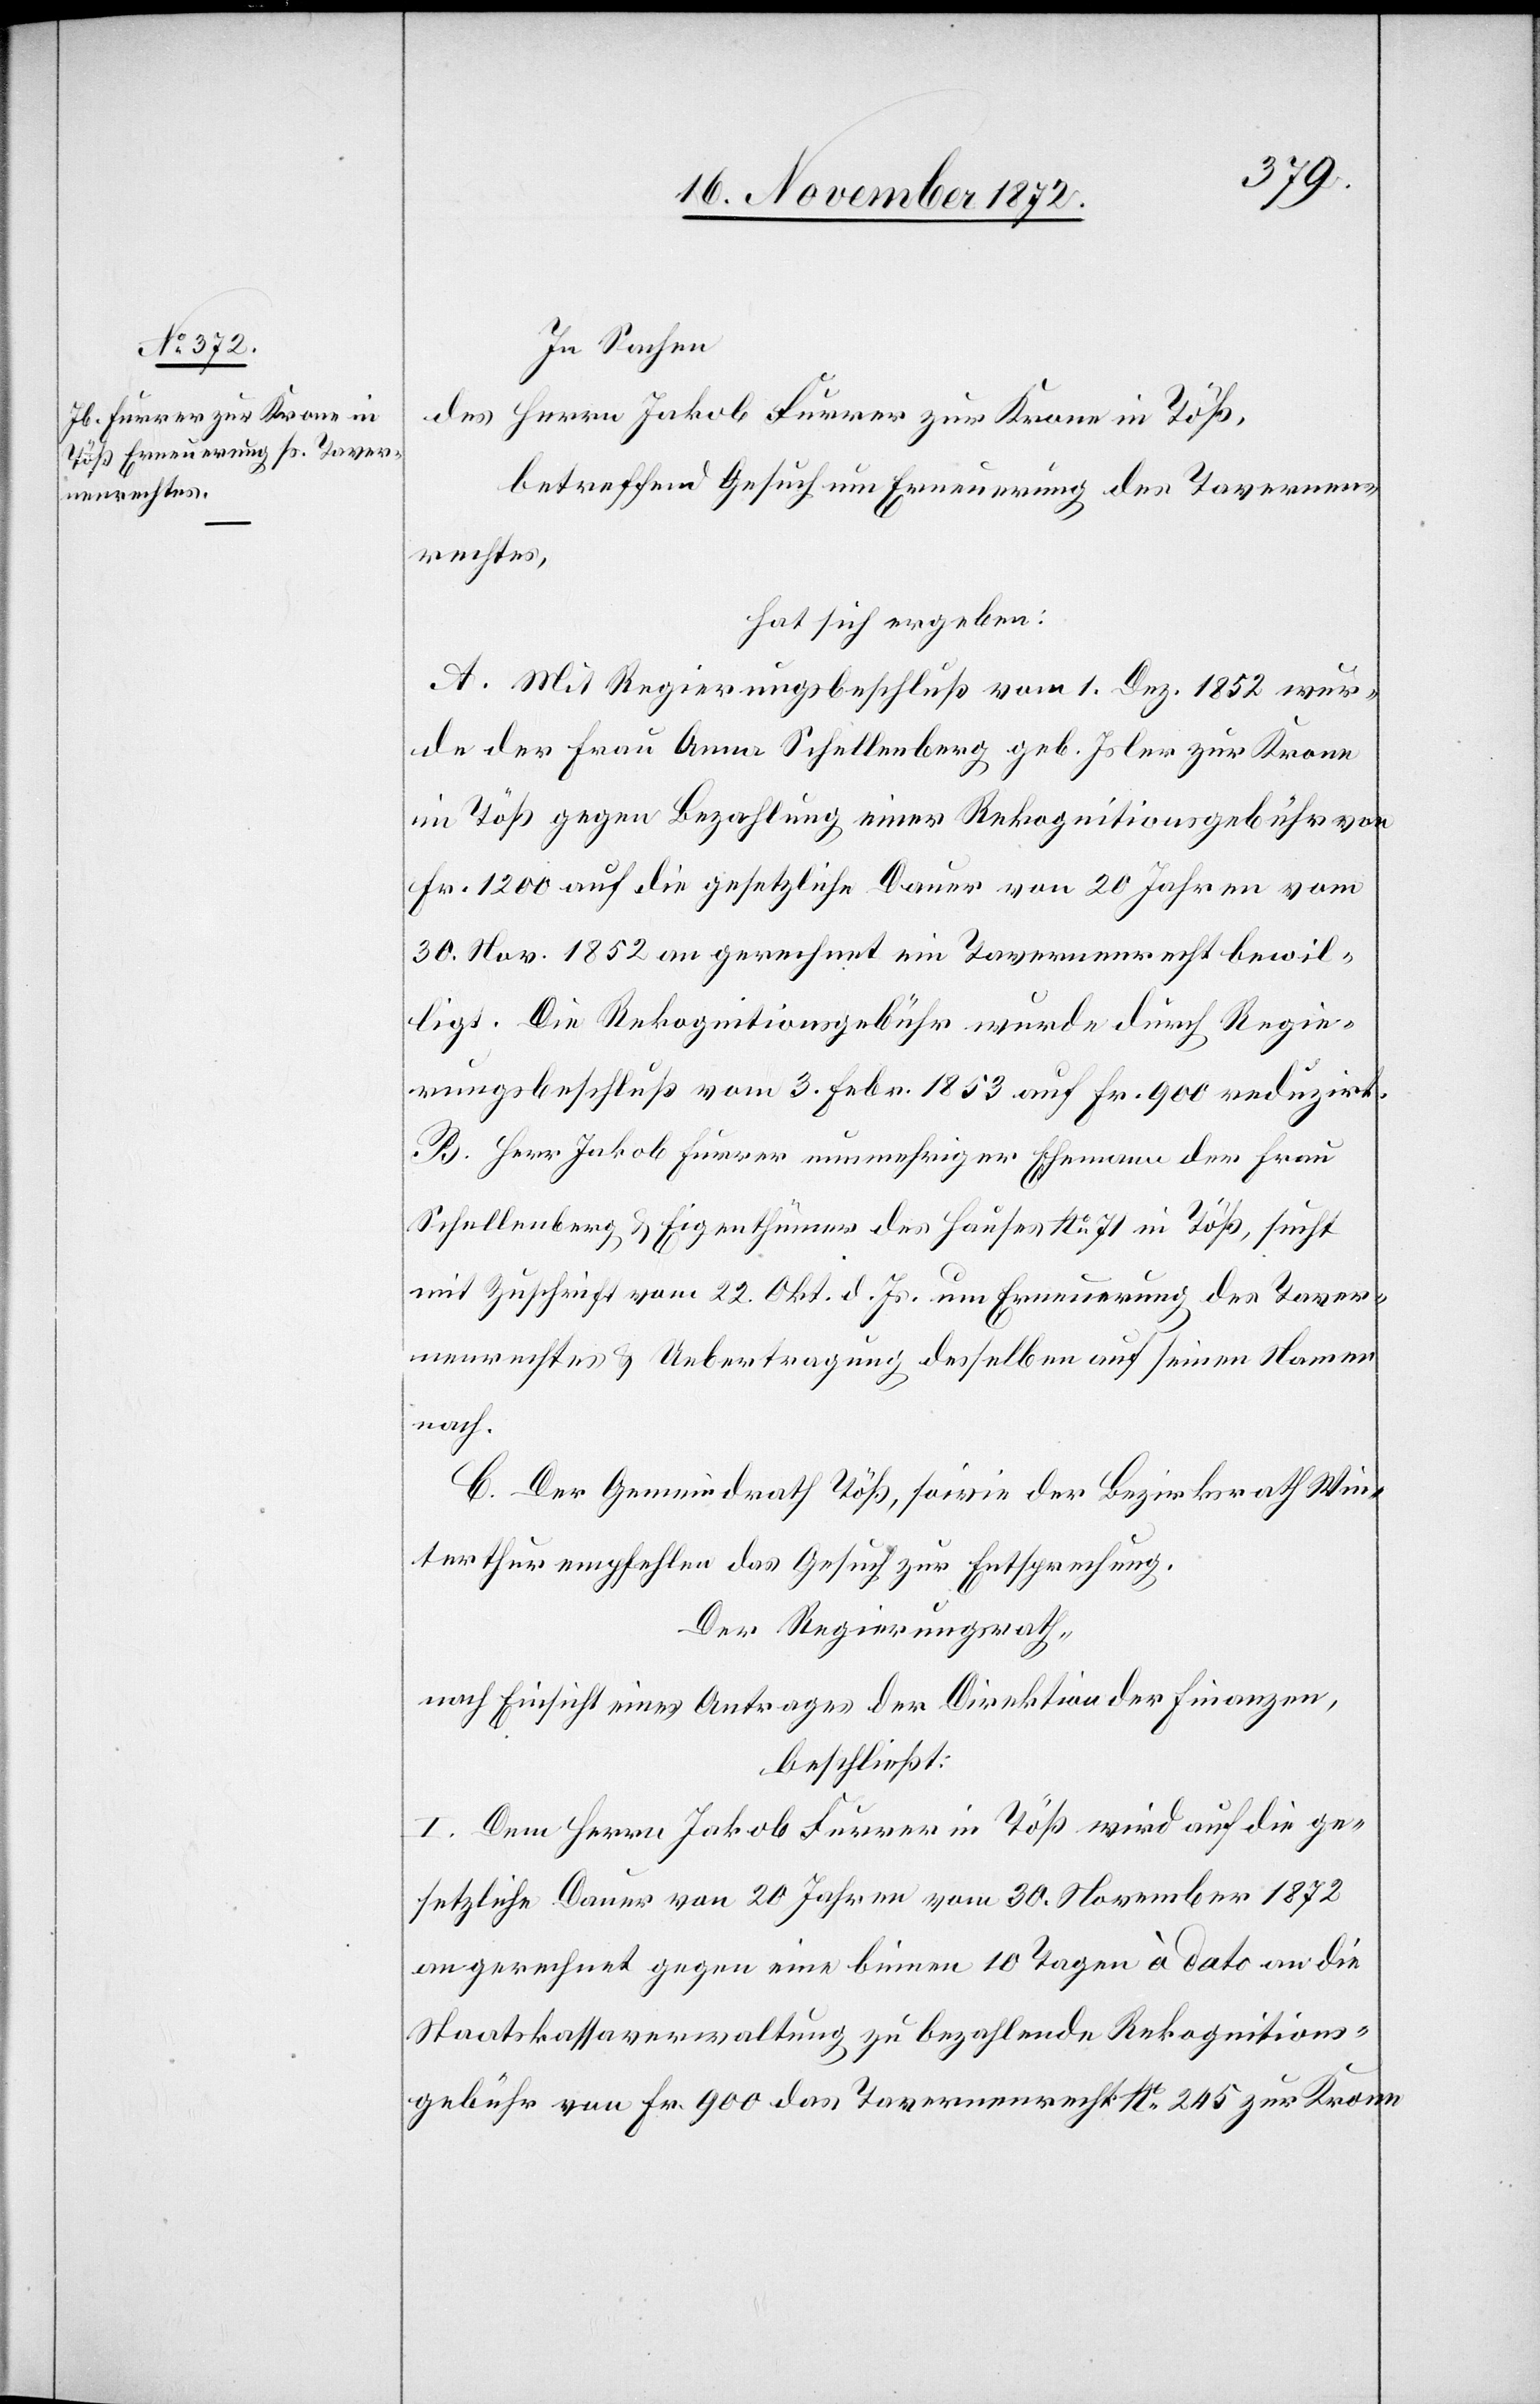
In Sachen
des Herrn Jakob Furrer zur Krone in Töß,
betreffend Gesuch um Erneuerung des Tavernen¬
rechtes,
hat sich ergeben:
A. Mit Regierungsbeschluß vom 1. Dez. 1852 wur¬
de der Frau Anna Schellenberg geb. Isler zur Krone
im Töß gegen Bezahlung einer Rekognitionsgebühr von
Fr. 1200 auf die gesetzliche Dauer von 20 Jahren vom
30. Nov. 1852 an gerechnet ein Tavernenrecht bewil¬
ligt. Die Rekognitionsgebühr wurde durch Regie¬
rungsbeschluß vom 3. Febr. 1853 auf Fr. 900 reduzirt.
B. Herr Jakob Furrer nunmehriger Ehemann der Frau
Schellenberg u. Eigenthümer des Hauses No 71 in Töß, sucht
mit Zuschrift vom 22. Okt. d. Js. um Erneuerung des Taver¬
nenrechtes u. Uebertragung desselben auf seinen Namen
nach.
C. Der Gemeindrath Töß, sowie der Bezirksrath Win¬
terthur empfehlen das Gesuch zur Entsprechung.
Der Regierungsrath,
nach Einsicht eines Antrages der Direktion der Finanzen,
beschließt:
I. Dem Herrn Jakob Furrer in Töß wird auf die ge¬
setzliche Dauer von 20 Jahren vom 30. November 1872
an gerechnet eine binnen 10 Tagen à dato an die
Staatskassaverwaltung zu bezahlende Rekognitions¬
gebühr von Fr. 900 das Tavernenrecht No 245 zur Krone